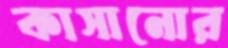
কাসানোর